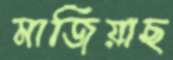
মাজিয়াছ